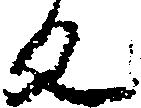
反